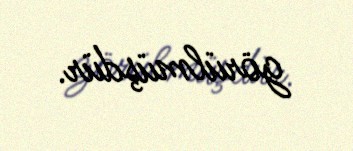
görülmüşdür.